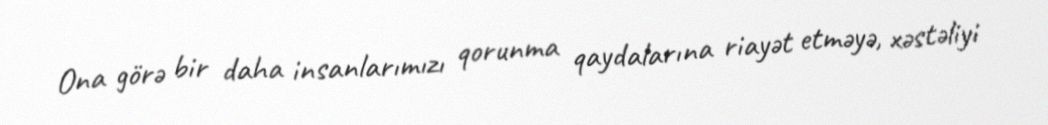
Ona görə bir daha insanlarımızı qorunma qaydalarına riayət etməyə, xəstəliyi